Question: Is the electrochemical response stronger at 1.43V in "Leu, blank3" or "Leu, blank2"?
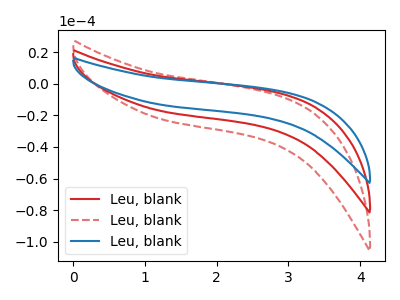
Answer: <think>The red curve "Leu, blank1" has no peaks. The red dashed curve "Leu, blank2" has no peaks. The blue curve "Leu, blank3" has no peaks.</think>
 <answer>"Leu, blank3" and "Leu, blank2" dont share a peak at 1.43V.</answer>
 <eval>mismatch</eval>